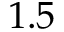
1 . 5